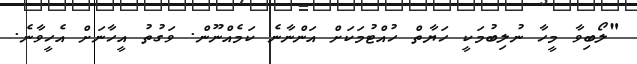
"ލޯބިވާ މީހާ ނުލިބުމަކީ ހަޔާތް ހުއްޓުމަކަށް އަންނާނެ ކަމެއްނޫން. ވަގުތު އީހާނަށް އެހީވާނެ.